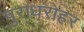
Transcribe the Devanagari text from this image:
पुराधरोहर